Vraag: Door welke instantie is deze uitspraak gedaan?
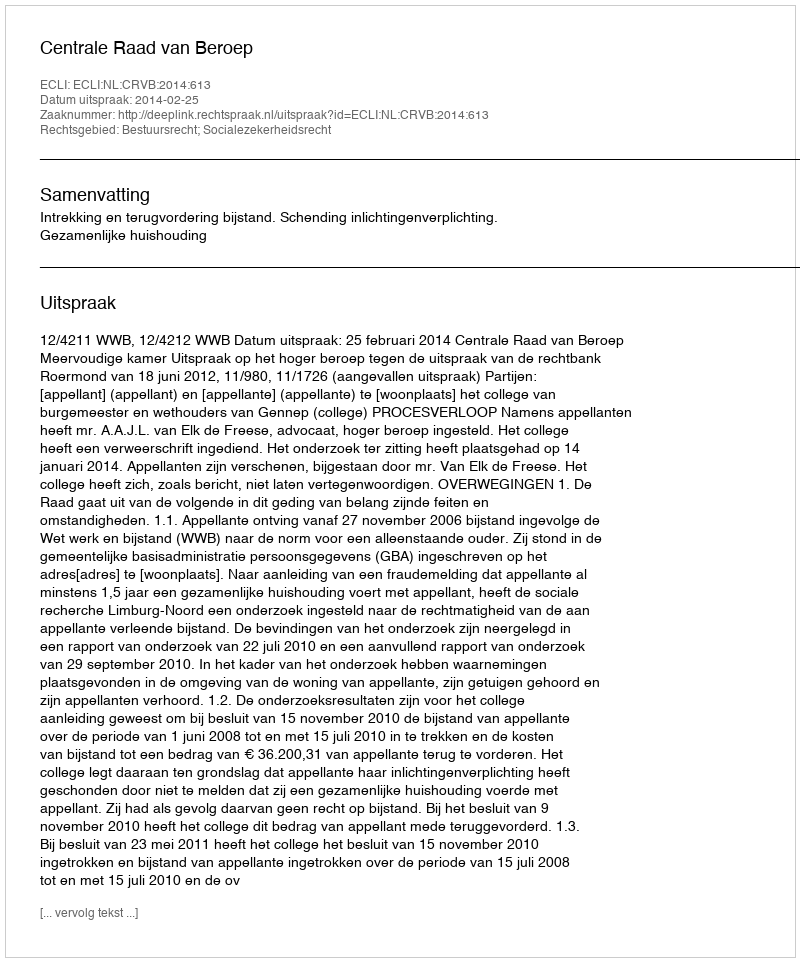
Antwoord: Centrale Raad van Beroep